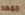
جمعه